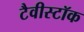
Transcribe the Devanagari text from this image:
टैवीस्टॉक